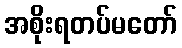
အစိုးရတပ်မတော်